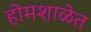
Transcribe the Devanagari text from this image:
होमशाळेत